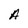
Character: A